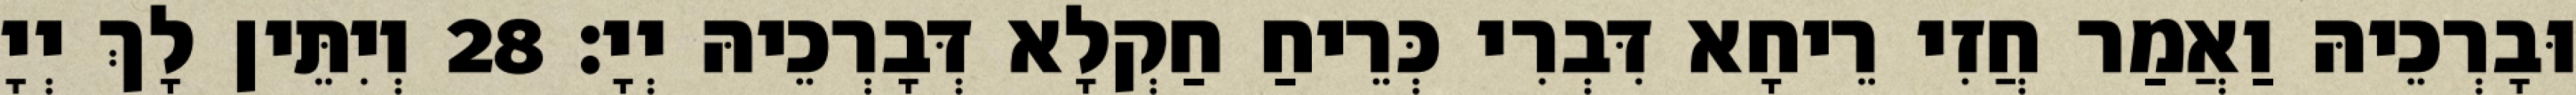
וּבָרְכֵיהּ וַאֲמַר חֲזִי רֵיחָא דִּבְרִי כְּרֵיחַ חַקְלָא דְּבָרְכֵיהּ יְיָ׃ 28 וְיִתֵּין לָךְ יְיָ